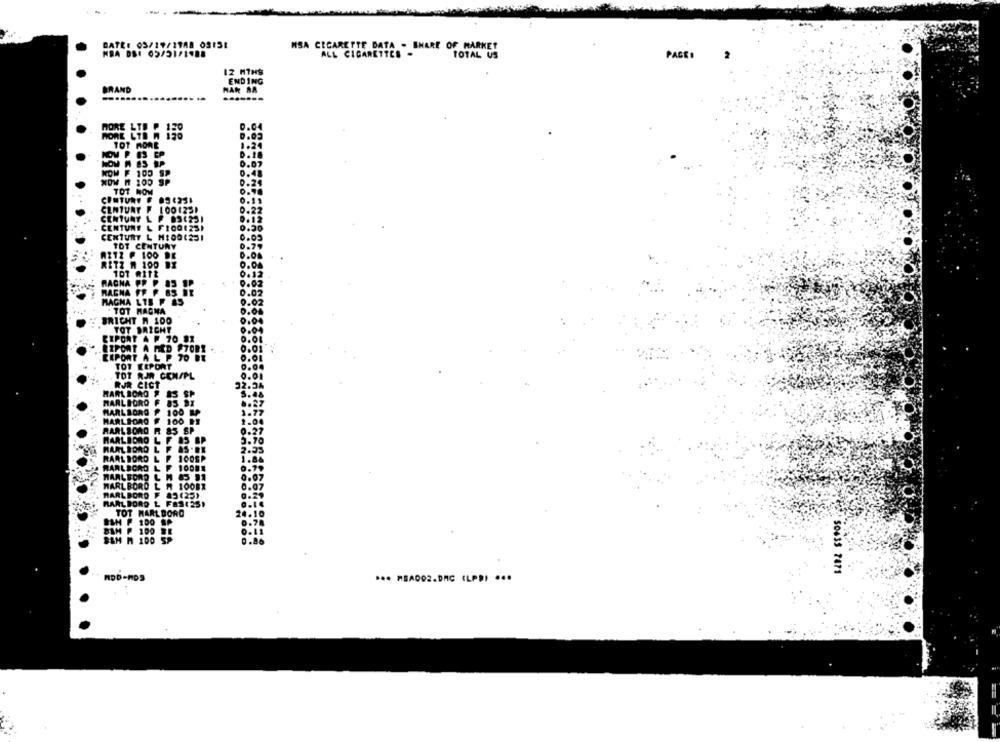
DATE: 03/19/1948 0315:
MSA CIGARETTE DATA - SHARE OF MARKET
ALL CIGARETTES -
MRA DSI 05/51/1988
TOTAL US
PAGE
2
12 MINS
ENDING
BRAND
HAR SA
.......
0.04
MORE LTE A
MORE LTE @ 150
TOT MORE
1.24
D.18
0.07
KOM F 100 S>
0.48
NOW A 100 SP
0.24
TOT NOW
CENTURY . 054231
0.11
CENTURY F 1001231
CENTUNY L P. 836251
CENTURY L F100123)
CENTURY L M:001251
TOT CENTURY
AZ12 P 100 DE
RITZ R 100 BY
107 mitt
RACHA PP P
MAGHA FF F BS DE
MAGNA LIE F &5
. TOT MAGNA
BRICHT W 100
TOT BRICHT
CIPONT A P 70 91
RIPORT A FED -TORT
ERPORT A L P TO BE
TOT REPORT
TOT RJR CEN/PL
RUR CICT
MARL BORO # #3 SP
MARLBORO F 85 DI
MARL LONG
100 1
MARLBORO
100 DS
MARLBORO
R &5 SP
MARLBORO
L F 83 BP
MARLBORO L F AS.BE
RAAL BORD LI
100SP
MARLBORO L F 10001
WAALFORD L M &5 91
WARL BORD1
MARL BORD
85(25)
MARLBORO L FAS ( 25)
TOT MARLBORO
BIM P 100 BE
BEM M 100 59
' 50633 7471
HDD-HOS